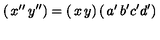
\left( \begin{matrix} { x ^ { \prime \prime } } & { y ^ { \prime \prime } } \\ \end{matrix} \right) = \left( \begin{matrix} { x } & { y } \\ \end{matrix} \right) \left( \begin{matrix} { a ^ { \prime } } & { b ^ { \prime } } \\ { c ^ { \prime } } & { d ^ { \prime } } \\ \end{matrix} \right)